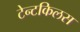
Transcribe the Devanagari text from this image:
टेन्टकिलस